Indian journal of veterinary science and animal husbandry - Volume 4,
Year: 1934
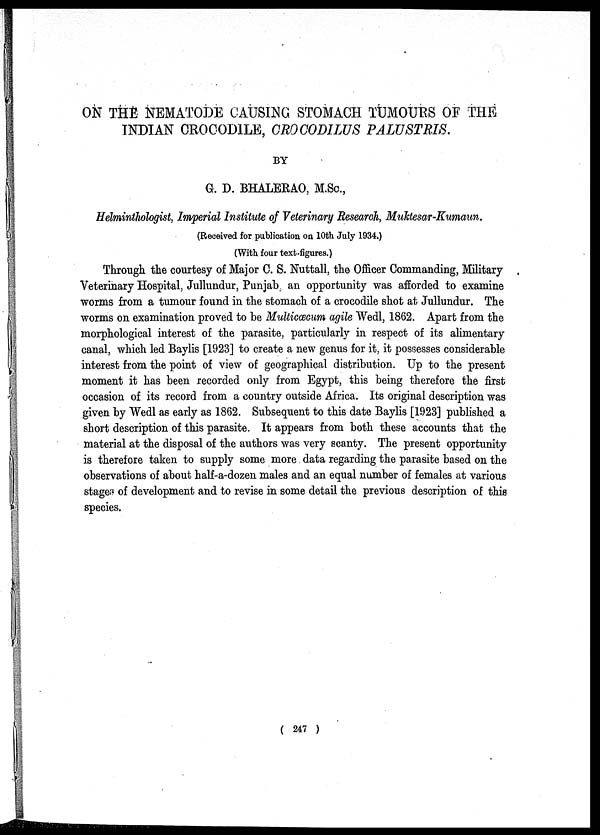
ON THE NEMATODE CAUSING STOMACH TUMOURS OF THE
INDIAN CROCODILE, CROCODILUS PALUSTRIS.
BY
G. D. BHALERAO, M.Sc.,
Helminthologist, Imperial Institute of Veterinary Research, Muktesar-Kumaun.
(Received for publication on 10th July 1934.)
(With four text-figures.)
Through the courtesy of Major C. S. Nuttall, the Officer Commanding, Military
Veterinary Hospital, Jullundur, Punjab an opportunity was afforded to examine
worms from a tumour found in the stomach of a crocodile shot at Jullundur. The
worms on examination proved to be Multicæcum agile Wedl, 1862. Apart from the
morphological interest of the parasite, particularly in respect of its alimentary
canal, which led Baylis [1923] to create a new genus for it, it possesses considerable
interest from the point of view of geographical distribution. Up to the present
moment it has been recorded only from Egypt, this being therefore the first
occasion of its record from a country outside Africa. Its original description was
given by Wedl as early as 1862. Subsequent to this date Baylis [1923] published a
short description of this parasite. It appears from both these accounts that the
material at the disposal of the authors was very scanty. The present opportunity
is therefore taken to supply some more data regarding the parasite based on the
observations of about half-a-dozen males and an equal number of females at various
stages of development and to revise in some detail the previous description of this
species.
( 247 )